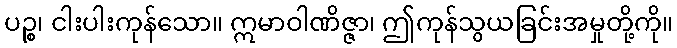
ပဉ္စ၊ ငါးပါးကုန်သော။ ဣမာဝါဏိဇ္ဇာ၊ ဤကုန်သွယခြင်းအမှုတို့ကို။